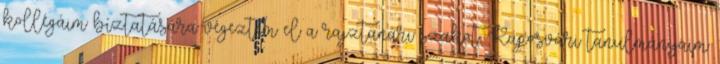
kollégáim bíztatására végeztem el a rajztanári szakot. Kaposvári tanulmányaim